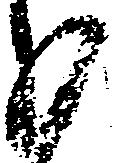
分